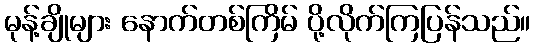
မုန့်ချိုများ နောက်တစ်ကြိမ် ပို့လိုက်ကြပြန်သည်။